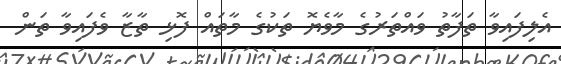
އެލިފައިވާ ތަފާތު ވައްތަރުގެ މާވެޔޮ ތަކުގެ މާތައް ފޮޅި ތާޒާ ވެފައިވާ ތަން